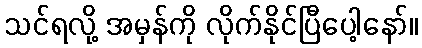
သင်ရလို့ အမှန်ကို လိုက်နိုင်ပြီပေါ့နော်။